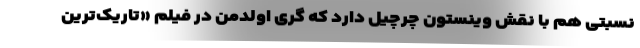
نسبتی هم با نقش وینستون چرچیل دارد که گری اولدمن در فیلم «تاریک‌ترین